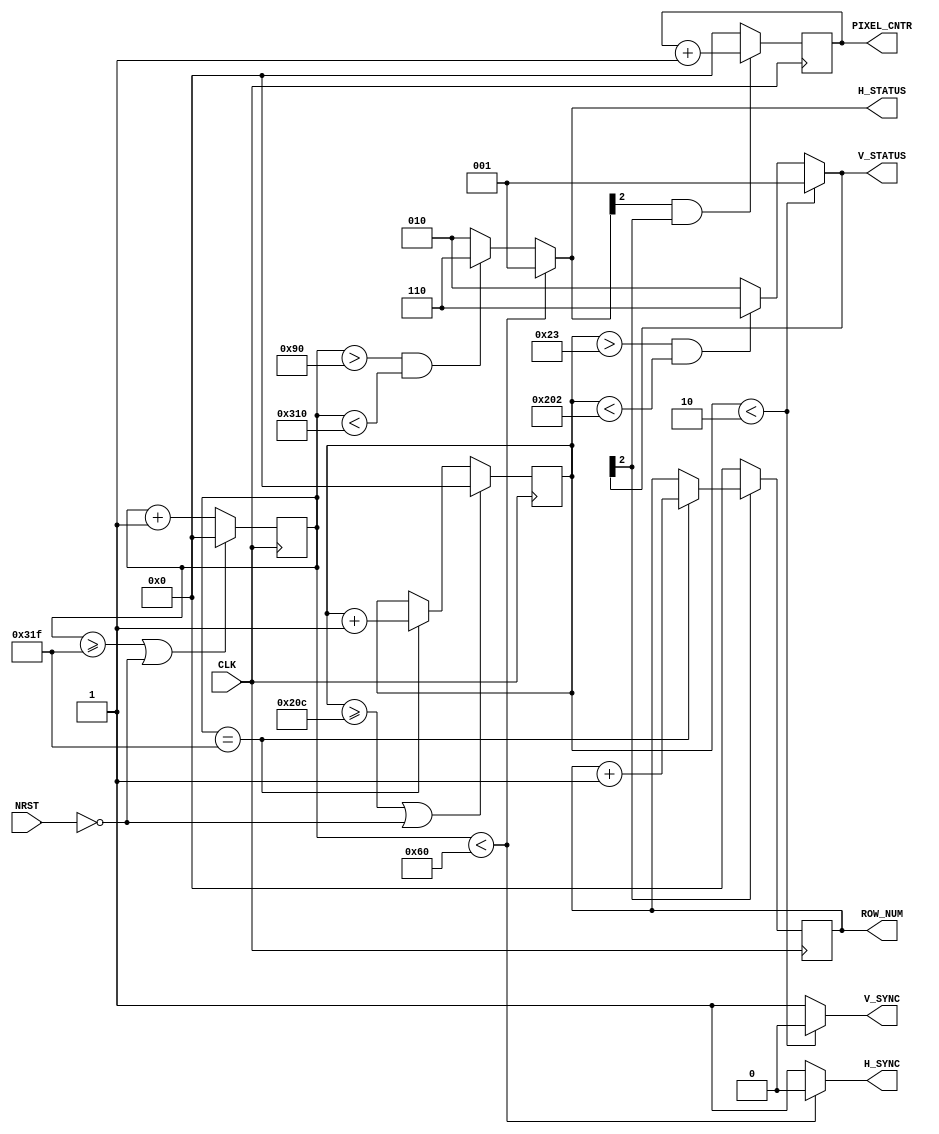
/***********************************************************
 * @author  Jon Hourany
 * @date    4/04/13
 * @class   EECE 444
 *
 * @file    Controller.v
 * @proj    Video Card
 *
 * @long  
 *   
 ************************************************************/
module Controller(CLK, NRST, H_SYNC, V_SYNC, H_STATUS, V_STATUS, PIXEL_CNTR, ROW_NUM);
    input  wire      CLK;        /*< CLK input from Top module               >*/
    input  wire      NRST;       /*< Reset input from Top module             >*/
    output reg       H_SYNC;     /*< Goes to VGA Horizontal Sync             >*/
    output reg       V_SYNC;     /*< Goes to VGA Verical Sync                >*/
    output reg [2:0] H_STATUS;   /*< Tracks the status of H_SYNC             >*/
    output reg [2:0] V_STATUS;   /*< Tracks the status of V_SYNC             >*/
    output reg [9:0] PIXEL_CNTR; /*< Tracks what pixel monitor is on         >*/
    output reg [9:0] ROW_NUM;    /*< Tracks what row monitor is on           >*/
    
    reg [9:0] h_counter;         /*< Tracks amount of pulses from CLK        >*/
    reg [9:0] v_counter;         /*< Tracks amount of pulses from H_SYNC     >*/

    `define H_SYNC_PULSE        10'd96   /*< Length of Sync Pulse            >*/
    `define H_BACK_PORCH_END    10'd144  /*< Pulse len + Porch Len           >*/
    `define H_FRONT_PORCH_STRT  10'd784  /*< Front Porch Len - Max           >*/
    `define H_COUNT_MAX         10'd799  /*< Max line pulses for resolution  >*/

    `define V_SYNC_PULSE        19'd2    /*< 2 H_SYNC lines                  >*/
    `define V_BACK_PORCH_END    19'd35   /*< 33+2 H_SYNC lines               >*/
    `define V_FRONT_PORCH_STRT  19'd514  /*< 525-10 H_SYNC lines             >*/
    `define V_COUNT_MAX         19'd524  /*< 525 H_SYNC lines                >*/
    
    `define SYNC_PULSE           3'b001    
    `define TRACE_ZONE           3'b010
    `define DISPLAY_ZONE         3'b110

    /*** Logic for H_SYNC ***/
    always @(*) begin
       if (h_counter < `H_SYNC_PULSE) begin
          H_SYNC   = 1'b0;
          H_STATUS = `SYNC_PULSE;
       end
       else if (h_counter > `H_BACK_PORCH_END && h_counter < `H_FRONT_PORCH_STRT) begin
          H_SYNC   = 1'b1;
          H_STATUS = `DISPLAY_ZONE;
       end
       else begin
          H_SYNC   = 1'b1;
          H_STATUS = `TRACE_ZONE;
       end
    end

    /*** Logic for V_SYNC ***/
    always @(*) begin
       if (v_counter < `V_SYNC_PULSE) begin
          V_SYNC   = 1'b0;
          V_STATUS = `SYNC_PULSE;
       end
       else if (v_counter > `V_BACK_PORCH_END && v_counter < `V_FRONT_PORCH_STRT) begin
          V_SYNC   = 1'b1;
          V_STATUS = `DISPLAY_ZONE;
       end
       else begin
          V_SYNC   = 1'b1;
          V_STATUS = `TRACE_ZONE;
       end
    end

    /*** Counter logic ***/
    /*** h_counter ***/
    always @(posedge CLK) begin
       if (h_counter >= `H_COUNT_MAX || !NRST) begin
          h_counter <= 10'b00;
       end
       else begin
          h_counter <= h_counter + 1'b1;
       end
    end
    
    /*** v_counter ***/
    always @(posedge CLK) begin
       if (v_counter >= `V_COUNT_MAX || !NRST) begin
          v_counter <= 10'b00;
       end
       else if (h_counter == `H_COUNT_MAX) begin
          v_counter <= v_counter + 1'b1;
       end
    end
    
    /*** PIXEL_CNTR & ROW_NUM ***/
    always @(posedge CLK) begin
       if (H_STATUS[2] & V_STATUS[2]) begin
          PIXEL_CNTR <= PIXEL_CNTR + 1'b1;
       end
       else begin
          PIXEL_CNTR <= 1'b0;
       end
       
       if (V_STATUS[2]) begin
          if (h_counter == `H_COUNT_MAX) begin
             ROW_NUM <= ROW_NUM + 1'b1;   /*< If V_SYNC is in display zone, increase >*/
          end                             /*<   the ROW_NUM on every reset of H_SYNC >*/
       end
       else begin
          ROW_NUM <= 1'b0;
       end
    end

endmodule